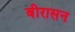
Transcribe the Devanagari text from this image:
बीरासन